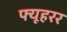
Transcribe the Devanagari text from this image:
फ्यूहरर